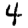
Digit: 4